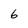
Character: 6